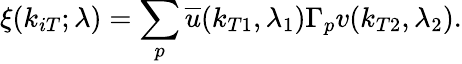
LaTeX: \xi(k_{iT};\lambda)=\sum_{p}{\overline{{u}}}(k_{T1},\lambda_{1})\Gamma_{p}v(k_{T2},\lambda_{2}).